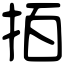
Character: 𢫦